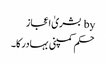
by بشریٰ اعجاز
حکم کمپنی بہادر کا۔